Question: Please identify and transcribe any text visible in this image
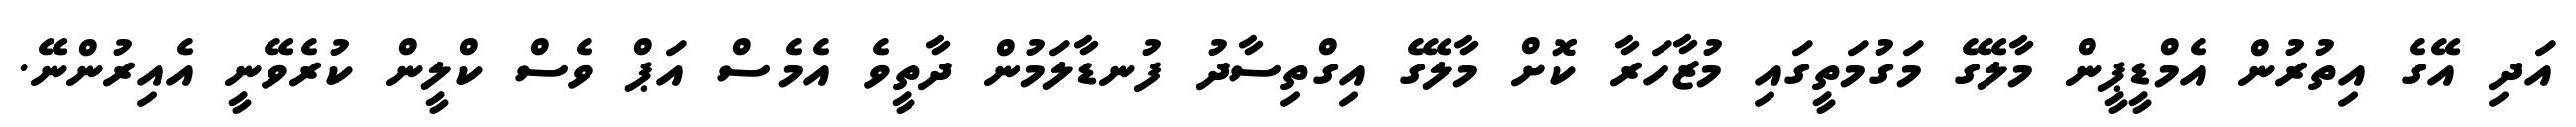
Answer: އަދި އޭގެ އިތުރުން އެމްޑީޕީން މާލޭގެ މަގުމަތީގައި މުޒާހަރާ ކޮށް މާލޭގެ އިގްތިސާދު ފުނޑާލަމުން ދާތީވެ އެމެސް އަޕް ވެސް ކްލީން ކުރެވޭނީ އެއިރުންނޭ.